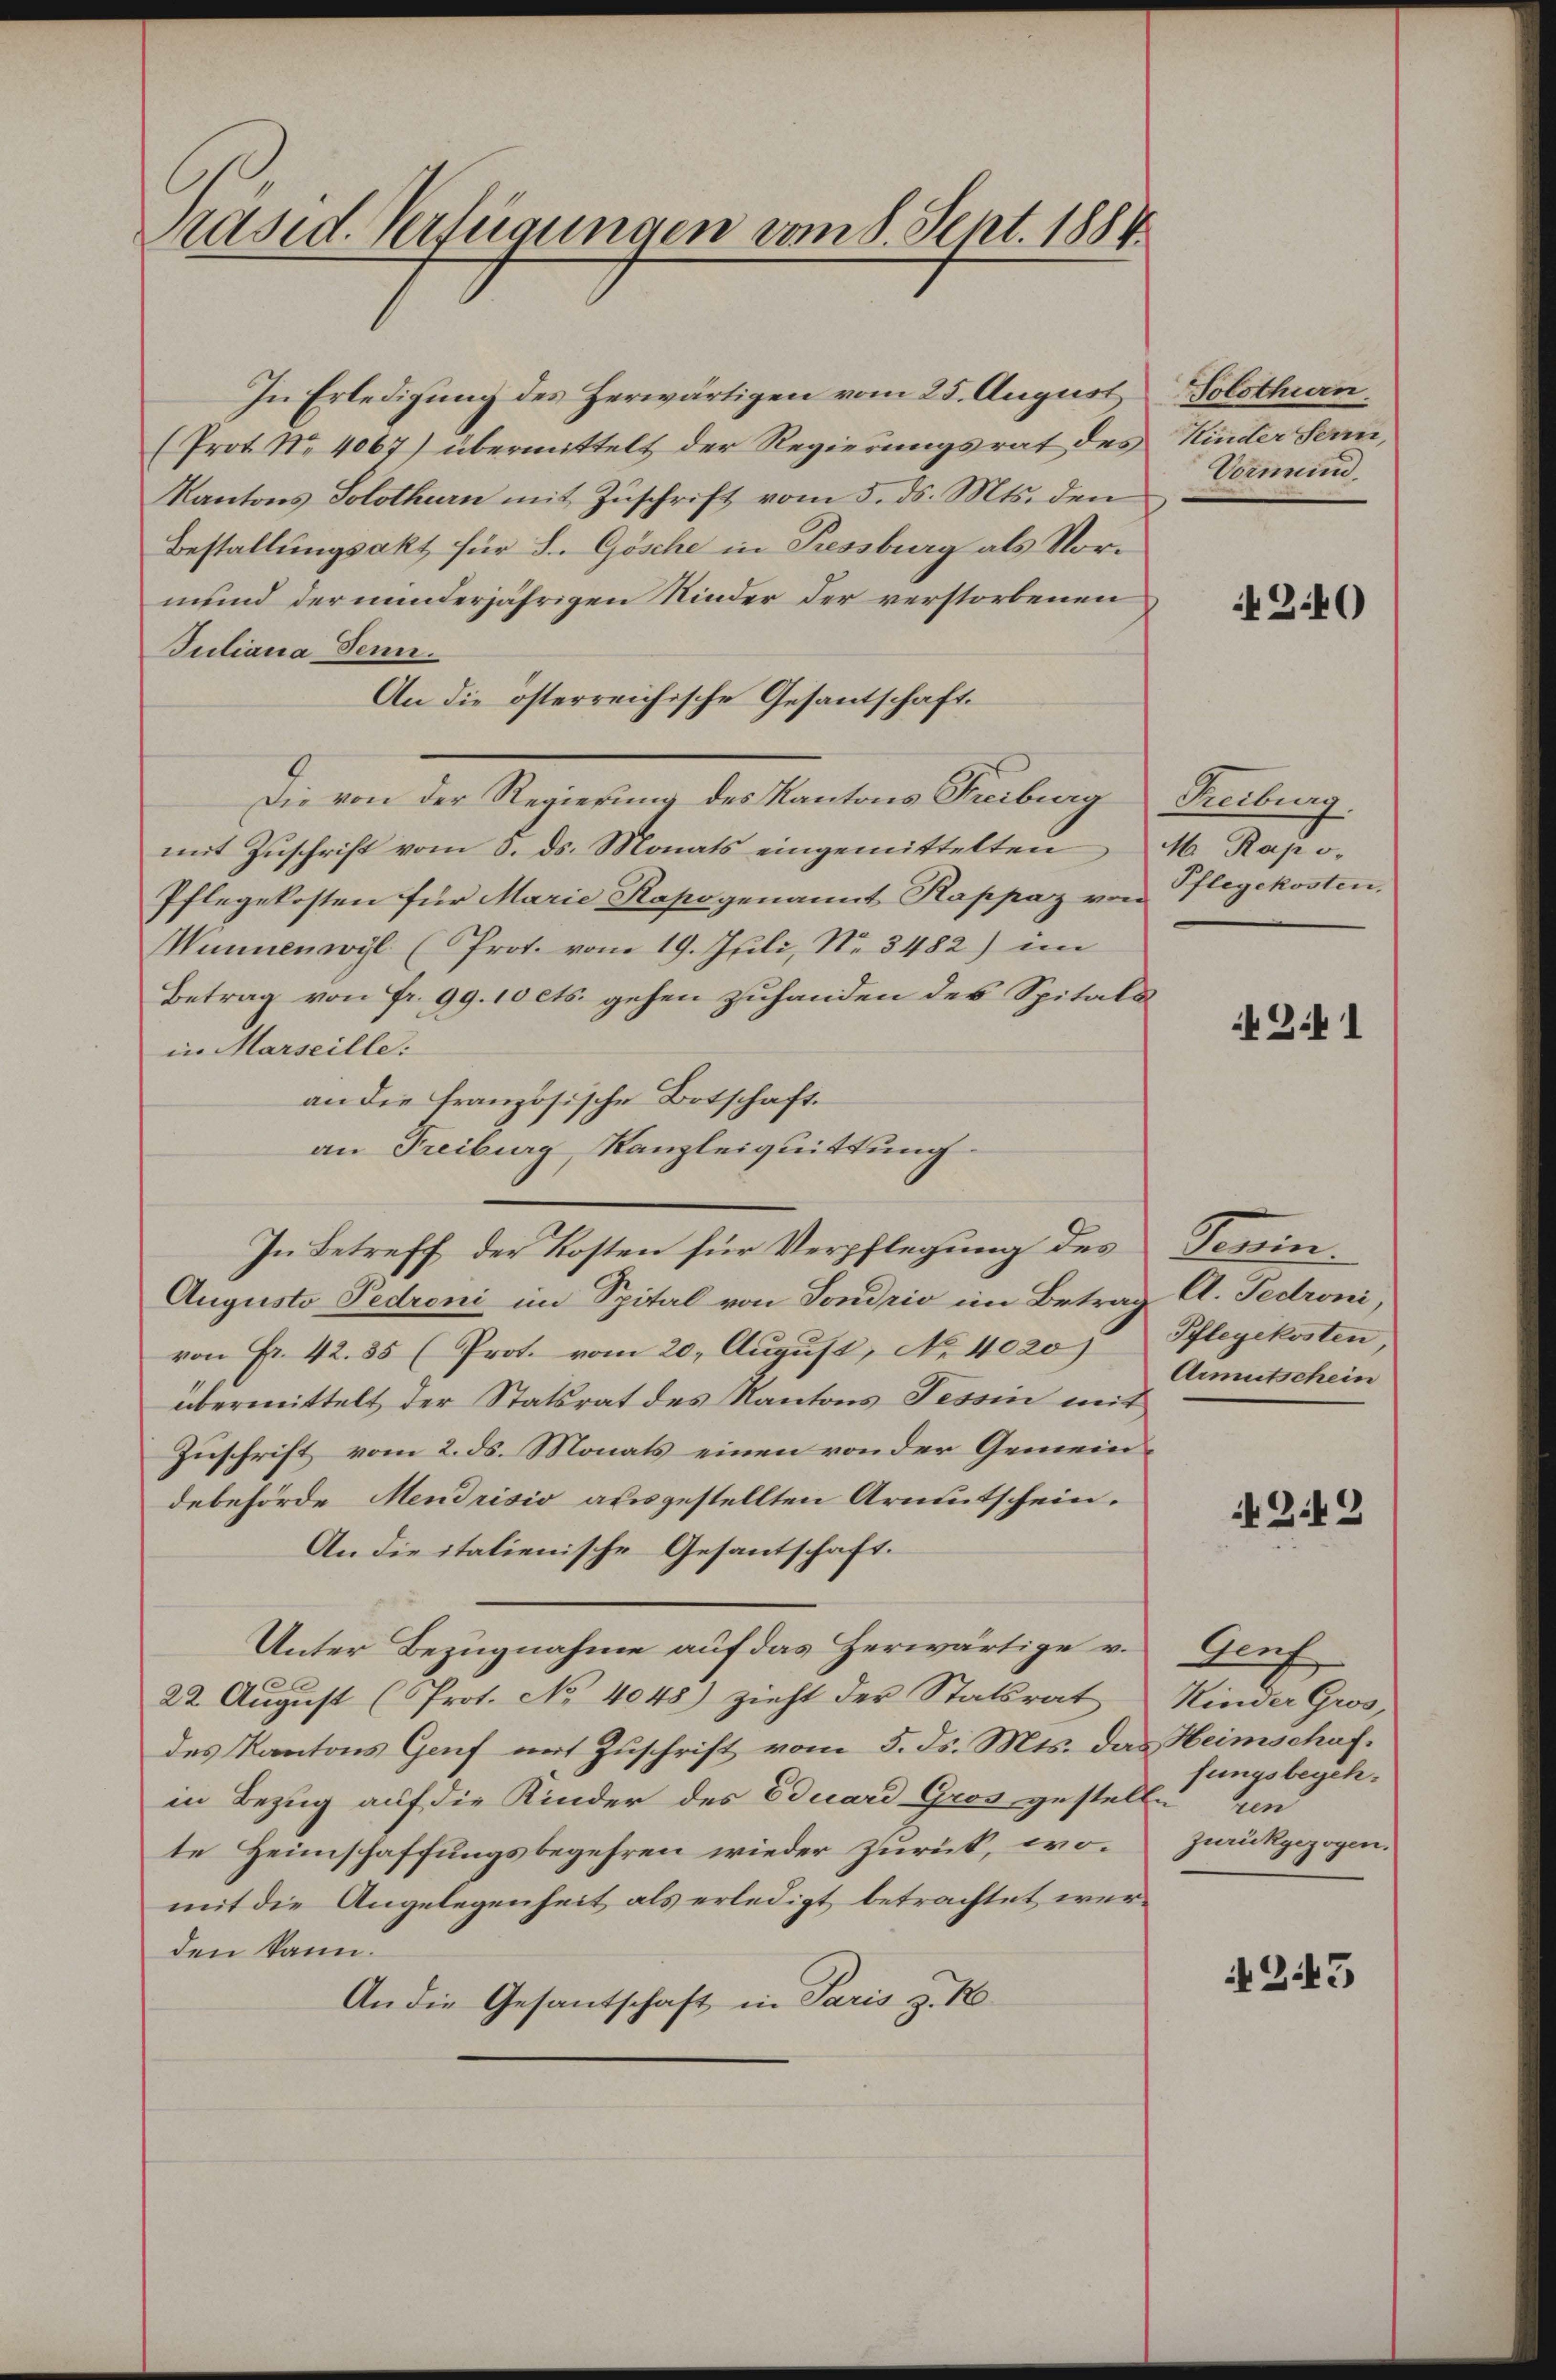
Präsid. Verfügungen vom 8. Sept. 1884

In Erledigung des herwärtigen vom 25. August Solothurn.
(Prot. No 4067) übermittelt der Regierungsrat des
Kantons Solothurn mit Zuschrift vom 5. ds. Mts. den
Bestallungsakt für L. Gösche in Pressburg als Vormund der minderjährigen Kinder der verstorbenen
Juliana Jenn.
An die österreichische Gesantschaft.
Die von der Regierung des Kantons Freiburg
mit Zuschrift vom 3. ds. Monats eingemittelten
Pflegekosten für Marie Kapogenannt Rappaz von
Münnenwyl (Prot. vom 19. Juli, No. 3482) im
Betrag von fr. 99. 10 cts. gehen zuhanden des Spitals
in Marseille:
an die französische Botschaft.
an Freiburg, Kanzleiquittung.
In Betreff der Kosten für Verpflegung des
Augusto Pedreni im Spital von Sondrio im Betrag
von Fr. 42. 85 (Prot. vom 20. August, No 4020
übermittelt der Statsrat des Kantons Tessin mit
Zuschrift vom 2. ds. Monats einen von der Gemeindebehörde Mendrisis ausgestellten Armutschein.
An die italienische Gesantschaft.
Unter Bezugnahme auf das Zerwärtige v.
9
22. August (Prot. No 4048) zieht der Statsrat
des Kantons Genf mit Zuschrift vom 5. ds. Mts. das Heimschaf
in Bezug auf die Kinder des Eduard Gros gestelle
te Heimschaffungsbegehren wieder zurück, womit die Angelegenheit als erledigt betrachtet werden kann.
An die Gesantschaft in Paris z. B

Kinder Seren,
Vormund.

2.40

Freiburg.
M. Rapo¬
Pflegekosten.

Z. 1

Kammen
A. Fedroni
Pflegekosten,
Armutschein

3.43

Genf
Kinder Gros,
fungsbegehum
zurückgezogen.

25